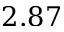
2 . 8 7